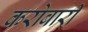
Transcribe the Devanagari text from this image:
करोबारी